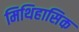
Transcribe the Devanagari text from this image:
मिथिहासिक